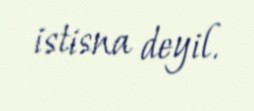
istisna deyil.